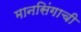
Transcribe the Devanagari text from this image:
मानसिंगाची